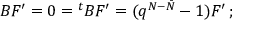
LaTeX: B { \cal F } ^ { \prime } = 0 = { ^ t B } { \cal F } ^ { \prime } = ( q ^ { N - \bar { N } } - 1 ) { \cal F } ^ { \prime } \, ;